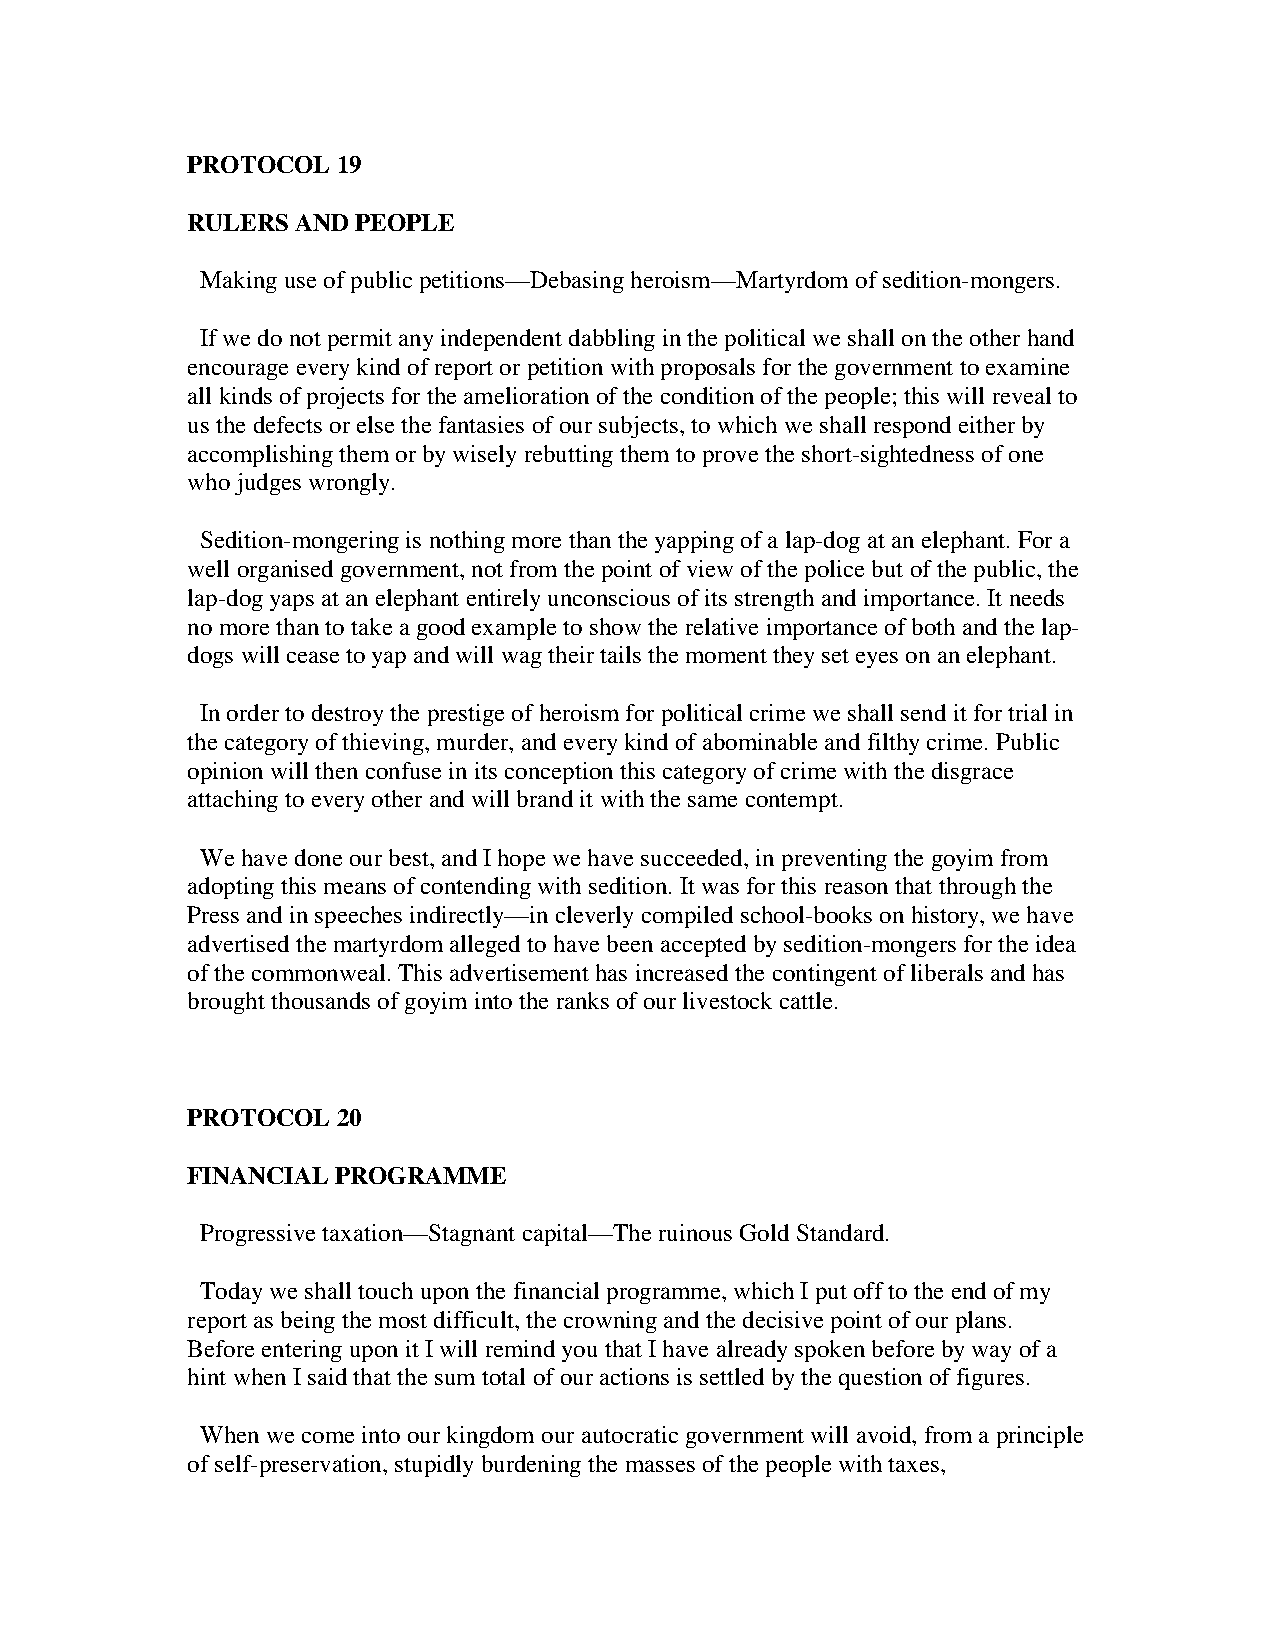
PROTOCOL  19
 RULERS  AND PEOPLE
 Making use of public petitions—Debasing heroism—Martyrdom of sedition-mongers.
 If we do not permit any independent dabbling in the political we shall on the other hand
 encourage every kind of report or petition with proposals for the government to examine
 all kinds of projects for the amelioration of the condition of the people; this will reveal to
 us the defects or else the fantasies of our subjects, to which we shall respond either by
 accomplishing them or by wisely rebutting them to prove the short-sightedness of one
 who judges wrongly.
 Sedition-mongering is nothing more than the yapping of a lap-dog at an elephant. For a
 well organised government, not from the point of view of the police but of the public, the
 lap-dog yaps at an elephant entirely unconscious of its strength and importance. It needs
 no more than to take a good example to show the relative importance of both and the lap-
 dogs will cease to yap and will wag their tails the moment they set eyes on an elephant.
 In order to destroy the prestige of heroism for political crime we shall send it for trial in
 the category of thieving, murder, and every kind of abominable and filthy crime. Public
 opinion will then confuse in its conception this category of crime with the disgrace
 attaching to every other and will brand it with the same contempt.
 We have done our best, and I hope we have succeeded, in preventing the goyim from
 adopting this means of contending with sedition. It was for this reason that through the
 Press and in speeches indirectly—in cleverly compiled school-books on history, we have
 advertised the martyrdom alleged to have been accepted by sedition-mongers for the idea
 of the commonweal. This advertisement has increased the contingent of liberals and has
 brought thousands of goyim into the ranks of our livestock cattle.
 PROTOCOL  20
 FINANCIAL PROGRAMME
 Progressive taxation—Stagnant capital—The ruinous Gold Standard.
 Today we shall touch upon the financial programme, which I put off to the end of my
 report as being the most difficult, the crowning and the decisive point of our plans.
 Before entering upon it I will remind you that I have already spoken before by way of a
 hint when I said that the sum total of our actions is settled by the question of figures.
 When we come into our kingdom our autocratic government will avoid, from a principle
 of self-preservation, stupidly burdening the masses of the people with taxes,